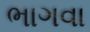
ભાગવા